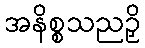
အနိစ္စသညဉှိ